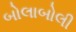
બોલાબોલી